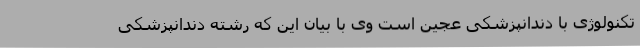
تکنولوژی با دندانپزشکی عجین است وی با بیان این که رشته دندانپزشکی